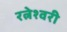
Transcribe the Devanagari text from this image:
रत्नेश्वरी